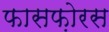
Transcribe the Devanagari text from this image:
फासफ़ोरस